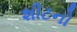
શીટનો